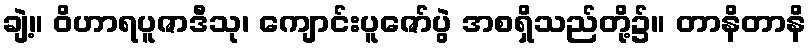
ချဲ့။ ဝိဟာရပူဇာဒီသု၊ ကျောင်းပူဇော်ပွဲ အစရှိသည်တို့၌။ တာနိတာနိ